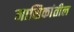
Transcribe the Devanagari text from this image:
मासिकांतील